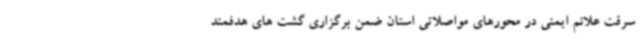
سرقت علائم ایمنی در محورهای مواصلاتی استان ضمن برگزاری گشت های هدفمند